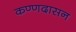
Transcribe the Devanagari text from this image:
कण्णदासन